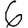
Digit: 6